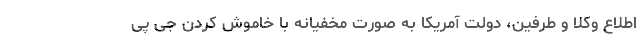
اطلاع وکلا و طرفین، دولت آمریکا به صورت مخفیانه با خاموش کردن جی پی